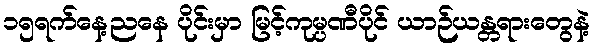
၁၅ရက်နေ့ညနေ ပိုင်းမှာ မြင့်ကုမ္ပဏီပိုင် ယာဉ်ယန္တရားတွေနဲ့